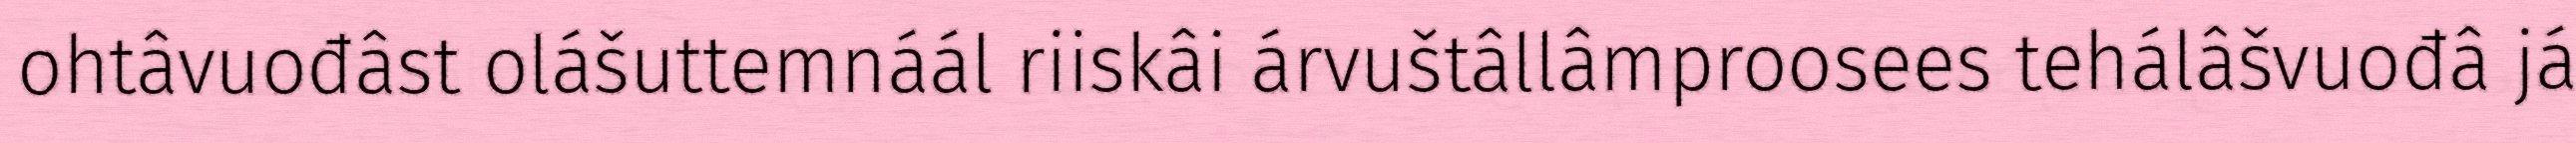
ohtâvuođâst olášuttemnáál riiskâi árvuštâllâmproosees tehálâšvuođâ já